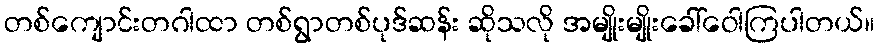
တစ်ကျောင်းတဂါထာ တစ်ရွာတစ်ပုဒ်ဆန်း ဆိုသလို အမျိုးမျိုးခေါ်ဝေါကြပါတယ်။